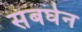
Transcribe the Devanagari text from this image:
संबर्घन